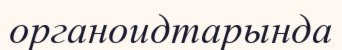
органоидтарында